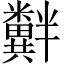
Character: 𫃘